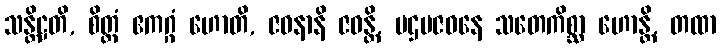
သန္တိဋ္ဌတိ, စိတ္တံ ဧကဂ္ဂံ ဟောတိ, ဇဝနာနိ ဇဝန္တိ, ပဌမဇဝနေ သတေကိစ္ဆာ ဟောန္တိ, တထာ